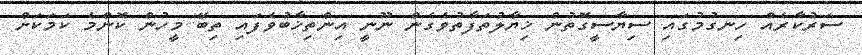
ސަރުކާރެއް ހިނގުމުގައި ސިޔާސީގޮތުން ޚިޔާލުތަފާތުވެގެން ނޫނީ އިންތިޚާބުވެފައި ތިބޭ މީހުން ކޮންމެ ކަމަކަށް